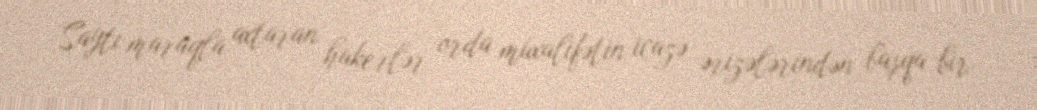
Saytı maraqla axtaran hakerlər orda müxalifətin icazə ərizələrindən başqa bir